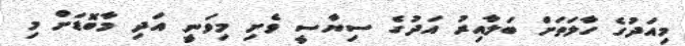
މިއަދުގެ ހާލަތަށް ބަލާއިރު އަދުގެ ސިޔާސީ ވެށި މިވަނީ އަދި މާބޮޑަށް މި